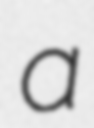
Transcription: a